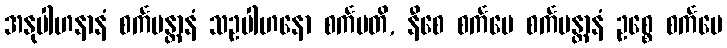
အနုပါဟနာနံ စင်္ကမန္တာနံ သဥပါဟနော စင်္ကမတိ, နီစေ စင်္ကမေ စင်္ကမန္တာနံ ဥစ္စေ စင်္ကမေ